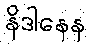
နိဒါနေန